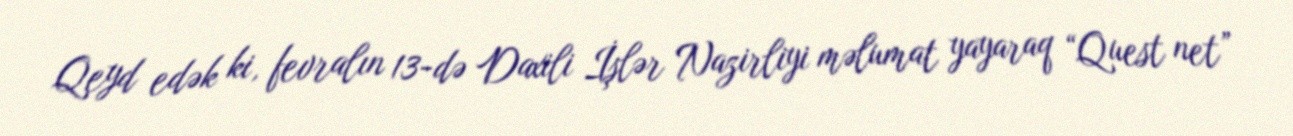
Qeyd edək ki, fevralın 13-də Daxili İşlər Nazirliyi məlumat yayaraq “Quest net”